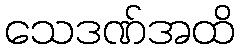
သေဒဏ်အထိ